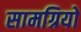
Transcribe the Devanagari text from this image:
सामग्रियो